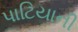
પાટિયાની